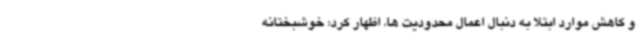
و کاهش موارد ابتلا به دنبال اعمال محدودیت ها، اظهار کرد: خوشبختانه